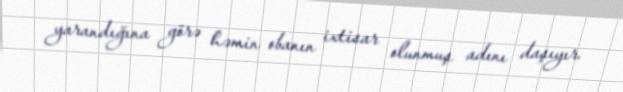
yarandığına görə həmin obanın ixtisar olunmuş adını daşıyır.